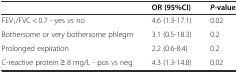
|  | OR (95%CI) | P-value |
 | --- | --- | --- |
 | FEV1/FVC < 0.7 - yes vs no | 4.6 (1.3-17.1) | 0.02 |
 | Bothersome or very bothersome phlegm | 3.1 (0.5-18.3) | 0.2 |
 | Prolonged expiration | 2.2 (0.6-8.4) | 0.2 |
 | C-reactive protein ≥ 8 mg/L - pos vs neg | 4.3 (1.3-14.8) | 0.02 |